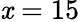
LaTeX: \mathit{x}=15